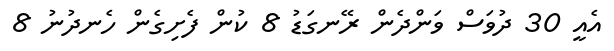
އެއީ 30 ދުވަސް ވަންދެން ރޭނގަޑު 8 ކުން ފެށިގެން ހެނދުނު 8